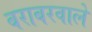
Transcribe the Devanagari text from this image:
बराबरवाले